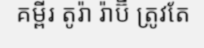
គម្ពីរ តូរ៉ា រ៉ាប៊ី ត្រូវតែ